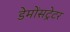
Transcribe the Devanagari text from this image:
डेमोंसट्रेटर